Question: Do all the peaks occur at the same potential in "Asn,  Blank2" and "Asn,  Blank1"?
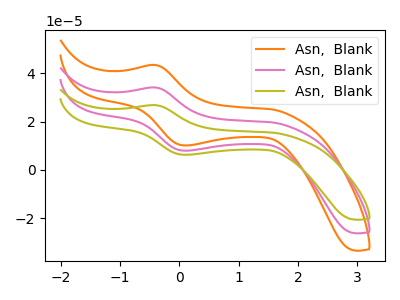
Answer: <think>The orange curve "Asn,  Blank1" has an anodic peak at (-0.40V, 68.35uA) and a cathodic peak at (0.15V, 15.90uA). The pink curve "Asn,  Blank2" has an anodic peak at (-0.40V, 34.15uA) and a cathodic peak at (0.15V, 7.95uA). The olive curve "Asn,  Blank3" has an anodic peak at (-0.40V, 26.85uA) and a cathodic peak at (0.15V, 6.25uA).</think>
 <answer>Yes, "Asn,  Blank2" have a peak in "Asn,  Blank1" at the same potential.</answer>
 <eval>match</eval>